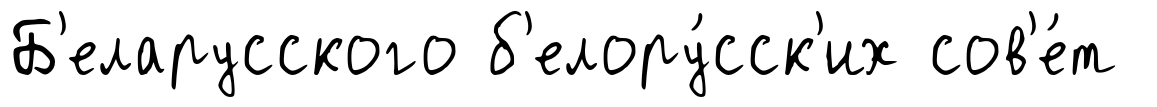
Б'еларусского б'елору́сск'их сов'е́т